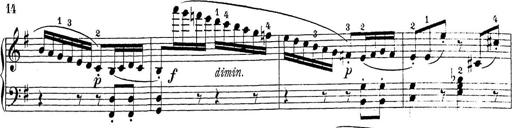
Title: Sonatina Album
Composer: Louis KÃ¶hler